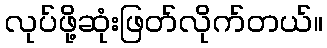
လုပ်ဖို့ဆုံးဖြတ်လိုက်တယ်။